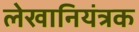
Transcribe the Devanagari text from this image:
लेखानियंत्रक